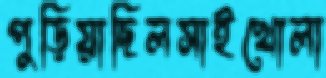
পুড়িয়াছিলসাইখোলা